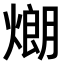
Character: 𤎜